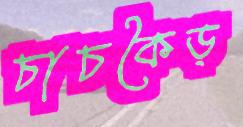
চাচকৈড়